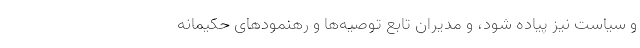
و سیاست نیز پیاده شود، و مدیران تابع توصیه‌ها و رهنمودهای حکیمانه